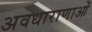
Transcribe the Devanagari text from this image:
अवधाराणाओं